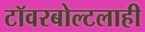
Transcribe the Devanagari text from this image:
टॉवरबोल्टलाही